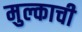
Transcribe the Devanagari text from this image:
मुल्काची